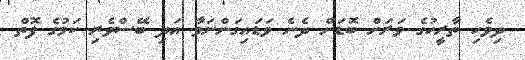
ދިވެހި ތާރީހުގެ ވަރަށް ބޮޑަށް ދެނެ ވަޑައިގަންނަވާ އަދި ބޭސްވެރި ކަމުގެ ފޮތް